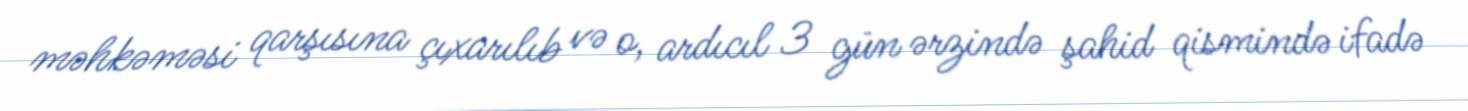
məhkəməsi qarşısına çıxarılıb və o, ardıcıl 3 gün ərzində şahid qismində ifadə